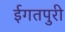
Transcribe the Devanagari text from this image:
ईगतपुरी